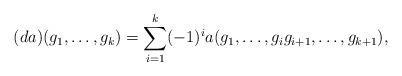
LaTeX: \begin{align*}(da)(g_{1},\dots,g_{k})=\sum_{i=1}^{k}(-1)^{i}a(g_{1},\dots,g_{i}g_{i+1},\dots,g_{k+1}),\end{align*}